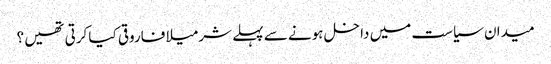
میدان سیاست میں داخل ہونے سے پہلے شرمیلا فاروقی کیا کرتی تھیں ؟